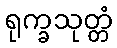
ရုက္ခသုတ္တံ